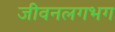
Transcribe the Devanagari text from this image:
जीवनलगभग